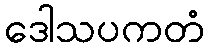
ဒေါသပကတံ